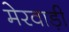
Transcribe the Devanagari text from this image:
मेरवाड़ी